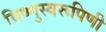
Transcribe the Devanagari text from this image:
विष्णुस्वरूपिणी